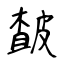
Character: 皶